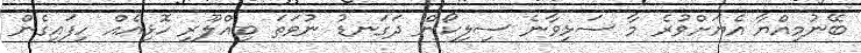
ބޭނުމިއްޔާ އެޔަށްވުރެ މާ ސަޅިވާނެ ސިލިކޯން ދަގަނޑު ނުވަތަ ބިއްލޫރި ހޮޅިއެއް ހިފައިގެން